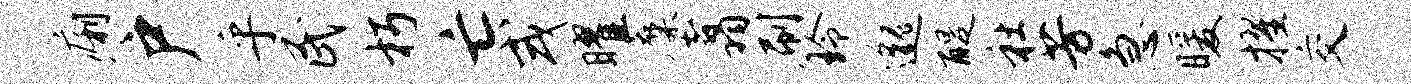
痢户乎民朽亡或曜麋翥刷玲邈醍社芳急暖擢交